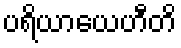
ပရိယာယေဟီတိ